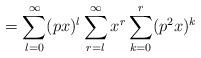
LaTeX: \begin{align*}=\sum_{l=0}^{\infty} (px)^l \sum_{r=l}^{\infty} x^r \sum_{k= 0}^{r} (p^2x)^{k}\end{align*}